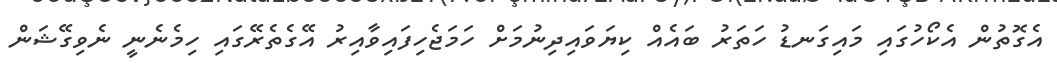
އެގޮތުން އެކޯހުގައި މައިގަނޑު ހަތަރު ބައެއް ކިޔަވައިދިނުމަށް ހަމަޖެހިފައިވާއިރު އޭގެތެރޭގައި ހިމެނެނީ ނެވިގޭޝަން